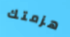
هزمتك